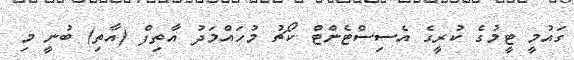
ގައުމީ ޓީމުގެ ކުރީގެ އެސިސްޓެންޓް ކޯޗު މުހައްމަދު އާތިފް (އާތި) ބުނީ މި